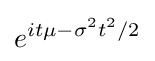
e^{it\mu -\sigma ^{2}t^{2}/2}